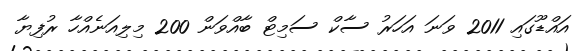
އައްޑޫގައި 2011 ވަނަ އަހަރު ސާކް ސަމިޓް ބާއްވަން 200 މިލިއަނެއްހާ ރުފިޔާ